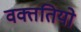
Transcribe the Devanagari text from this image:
वक्ततियो